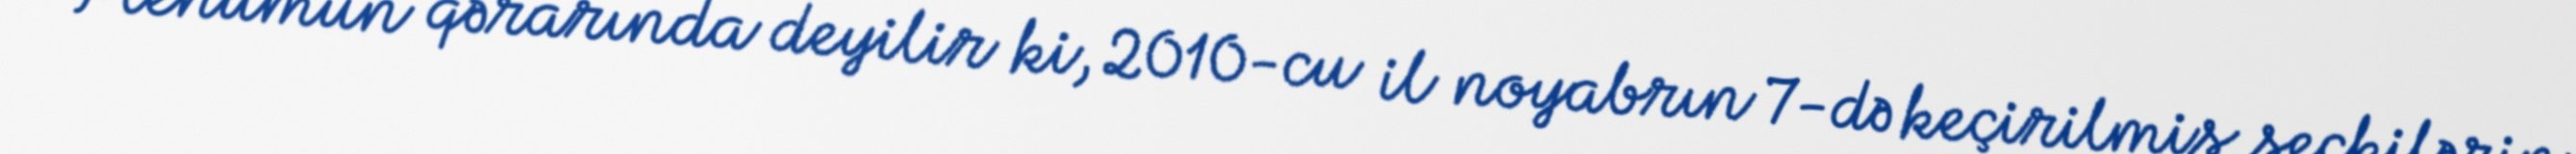
Plenumun qərarında deyilir ki, 2010-cu il noyabrın 7-də keçirilmiş seçkilərin